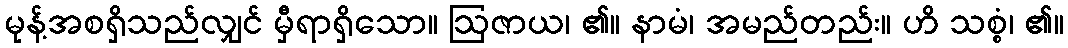
မုန့်အစရှိသည်လျှင် မှီရာရှိသော။ ဩဇာယ၊ ၏။ နာမံ၊ အမည်တည်း။ ဟိ သစ္စံ၊ ၏။